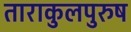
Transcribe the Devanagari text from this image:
ताराकुलपुरुष